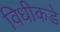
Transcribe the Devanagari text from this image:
विधीकडे